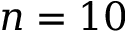
n = 1 0